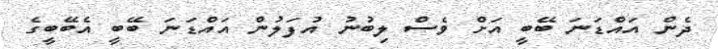
ދެން އައްޑަނަ ބޭބީ އަށް ވެސް ލިބުނު އުފަލުން އައްޑަނަ ބޭބީ އެބޭބީގެ